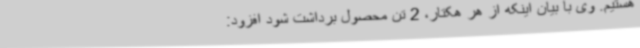
هستیم. وی با بیان اینکه از هر هکتار، 2 تن محصول برداشت شود افزود: